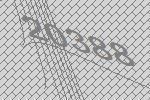
20388